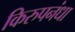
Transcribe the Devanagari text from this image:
किरुपनंधा